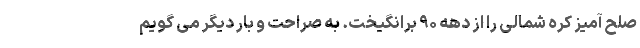
صلح آمیز کره شمالی را از دهه ۹۰ برانگیخت. به صراحت و بار دیگر می گویم